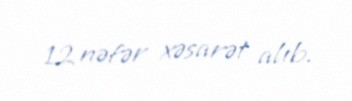
12 nəfər xəsarət alıb.